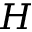
H